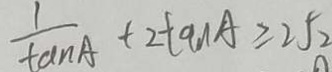
\frac { 1 } { \tan A } + 2 \tan A \geq 2 \sqrt { 2 }